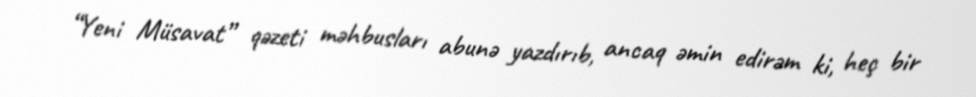
“Yeni Müsavat” qəzeti məhbusları abunə yazdırıb, ancaq əmin edirəm ki, heç bir